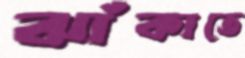
ঝাঁকাতে